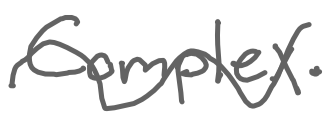
Text: Complex.
Cross-out: wave
Writing tool: digital_gray